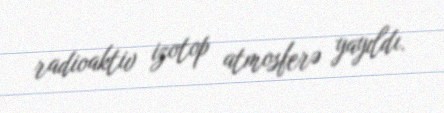
radioaktiv izotop atmosferə yayıldı.